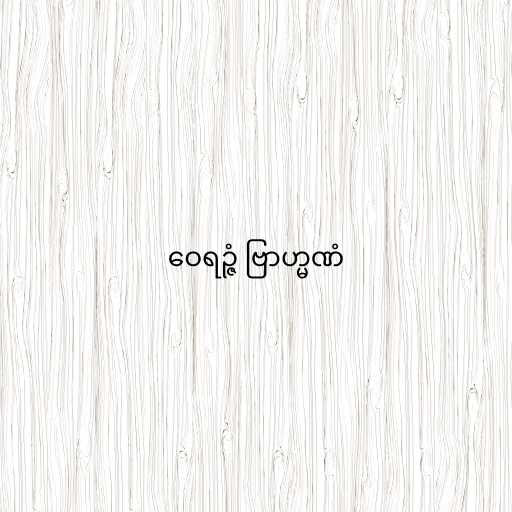
ဝေရဉ္ဇံ ဗြာဟ္မဏံ